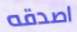
اصدقه